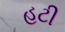
હટી